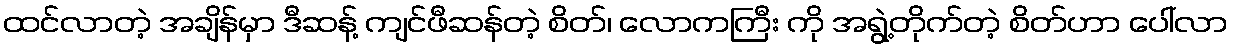
ထင်လာတဲ့ အချိန်မှာ ဒီဆန့် ကျင်ဖီဆန်တဲ့ စိတ်၊ လောကကြီး ကို အရွဲ့တိုက်တဲ့ စိတ်ဟာ ပေါ်လာ